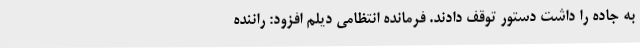
به جاده را داشت دستور توقف دادند. فرمانده انتظامی دیلم افزود: راننده